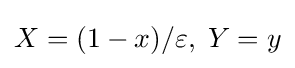
X=(1-x)/\varepsilon ,\;Y=y